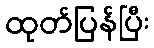
ထုတ်ပြန်ပြီး